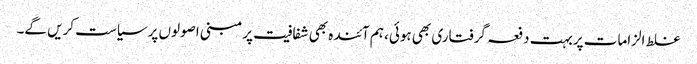
غلط الزامات پربہت دفعہ گرفتاری بھی ہوئی، ہم آئندہ بھی شفافیت پر مبنی اصولوں پرسیاست کریں گے۔